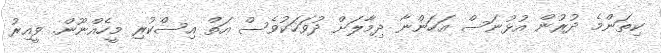
ކިތަންމެ ދުރުން އުޅުނަސް އަހަންނާ ދިމާލަށް ދުވަހަކުވެސް އަތް އިސްކުރި މީހެއްނޫން. ވީއިރު